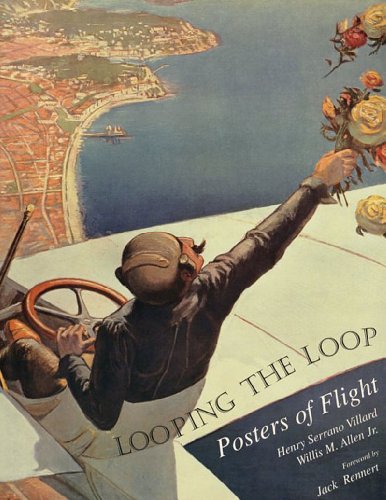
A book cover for Looping the Loop: Posters of Flight; Henry Serrano Villard; Arts & Photography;